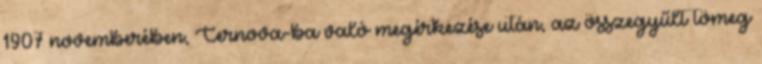
1907 novemberében, Cernova-ba való megérkezése után, az összegyűlt tömeg